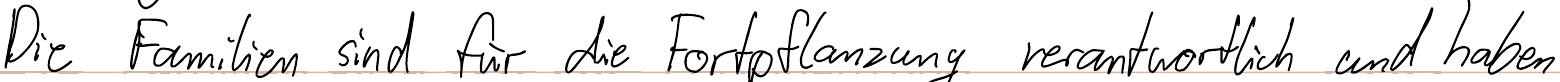
Die Familien sind für die Fortpflanzung verantwortlich und haben